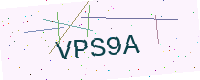
Text: VPS9A